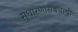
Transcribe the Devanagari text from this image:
सुधारणांसंबधाची